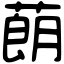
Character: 蓢